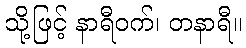
သို့ဖြင့် နာရီဝက်၊ တနာရီ။